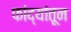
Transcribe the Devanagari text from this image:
फांद्यांतून